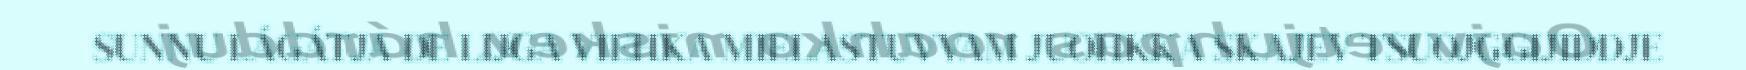
SUNNU LÁGÁTJA DE LIJGA VIEHKA MIELASTUVVAM JUOHKKA SKAJEV TSUOJGGIJIDDJE